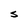
Character: S